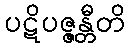
ပဋိပဇ္ဇန္တီတိ